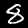
Digit: 8